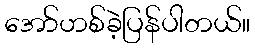
အော်ဟစ်ခဲ့ပြန်ပါတယ်။